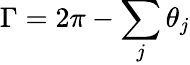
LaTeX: \Gamma=2\pi-\sum_{j}\theta_{j}